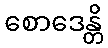
စောဒေန္တိ